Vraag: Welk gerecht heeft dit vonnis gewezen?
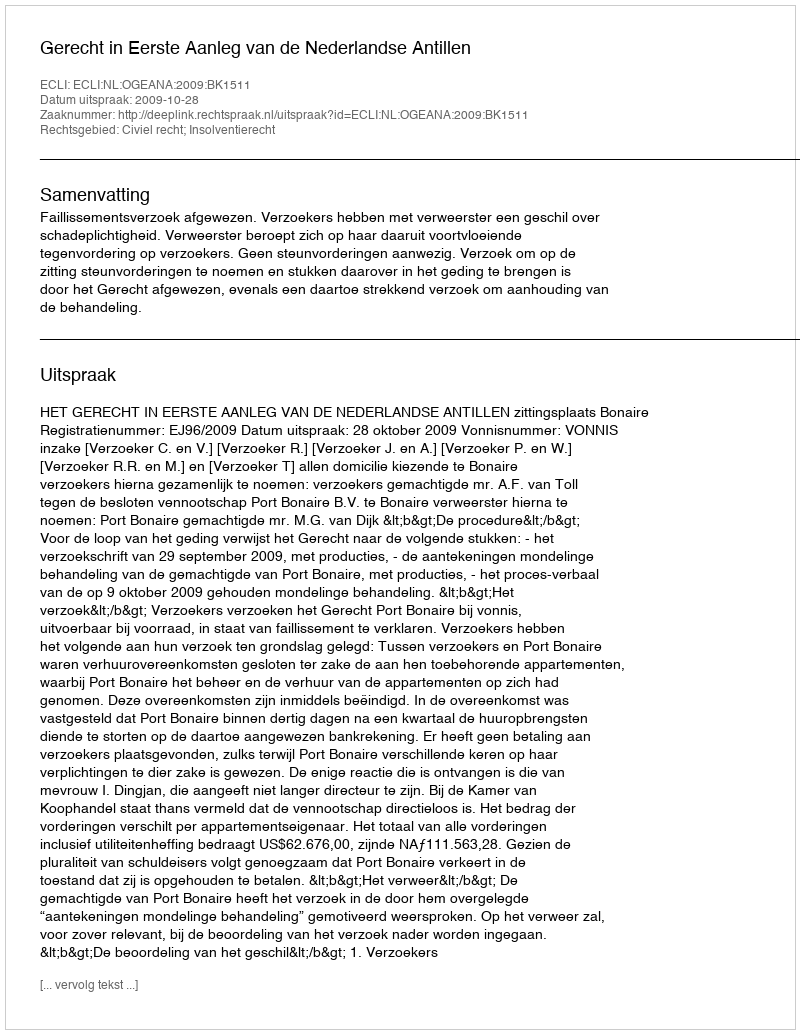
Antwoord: Gerecht in Eerste Aanleg van de Nederlandse Antillen